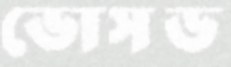
ভোসড